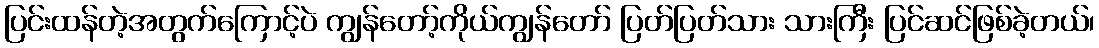
ပြင်းထန်တဲ့အတွက်ကြောင့်ပဲ ကျွန်တော့်ကိုယ်ကျွန်တော် ပြတ်ပြတ်သား သားကြီး ပြင်ဆင်ဖြစ်ခဲ့တယ်၊